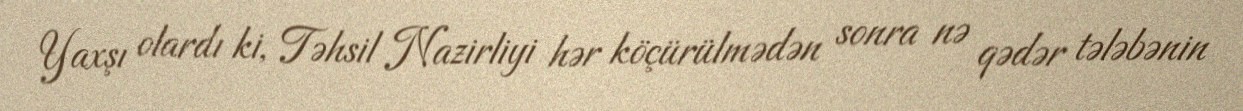
Yaxşı olardı ki, Təhsil Nazirliyi hər köçürülmədən sonra nə qədər tələbənin